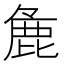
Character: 麁